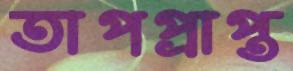
তাপপ্রাপ্ত